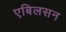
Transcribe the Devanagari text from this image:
एबिलसन